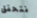
نتحقق